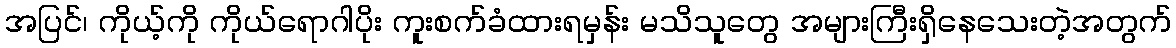
အပြင်၊ ကိုယ့်ကို ကိုယ်ရောဂါပိုး ကူးစက်ခံထားရမှန်း မသိသူတွေ အများကြီးရှိနေသေးတဲ့အတွက်